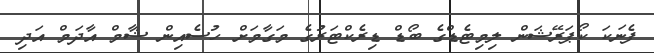
ފެނަކަ ކޯޕަރޭޝަން ލިމިޓެޑްގެ ބޯޑް ޑިރެކްޓަރުގެ މަގާމަށް ހުސެއިން ޝާމް އާދަމް އަދި